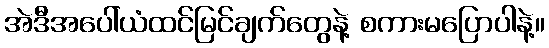
အဲဒီအပေါ်ယံထင်မြင်ချက်တွေနဲ့ စကားမပြောပါနဲ့။